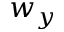
w _ { y }